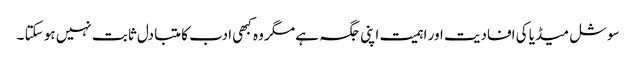
سوشل میڈیا کی افادیت اور اہمیت اپنی جگہ ہے مگر وہ کبھی ادب کا متبادل ثابت نہیں ہو سکتا ۔